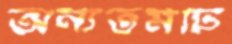
অন্যতমটি